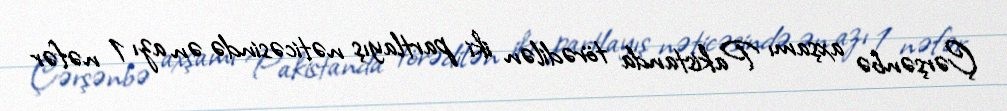
Çərşənbə axşamı Pakistanda törədilən iki partlayış nəticəsində ən azı 1 nəfər